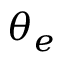
\theta _ { e }